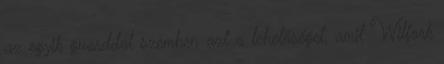
az egyik guarddal szemben azt a lehetőséget, amit Wilfork